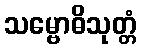
သမ္ဗောဓိသုတ္တံ